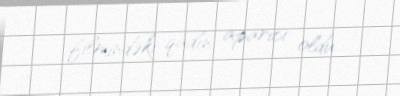
filmindəki qadın aparıcı oldu.